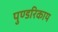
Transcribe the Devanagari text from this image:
पुण्डरिकाय